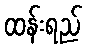
ထန်းရည်